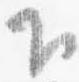
下